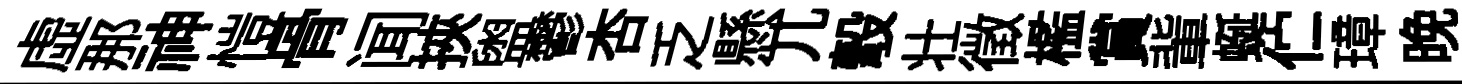
虛那神愷骨闻挾盥鬱杏乏懸兀彀壮徵檻賞軰蜒伫璋晩